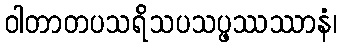
ဝါတာတပသရိသပသပ္ဖဿဿာနံ၊